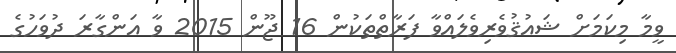
ވީމާ މިކަމަށް ޝައުޤުވެރިވެލައްވާ ފަރާތްތަކުން 16 ޖޫން 2015 ވާ އަންގާރަ ދުވަހުގެ